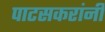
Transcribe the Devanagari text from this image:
पाटसकरांनी